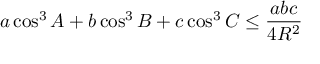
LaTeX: a \cos ^ { 3 } A + b \cos ^ { 3 } B + c \cos ^ { 3 } C \leq { \frac { a b c } { 4 R ^ { 2 } } }